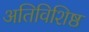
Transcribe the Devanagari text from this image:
अतिविशिष्ठ